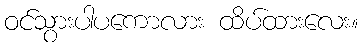
ဝင်သွားပါပကောလား ထိပ်ထားလေး။